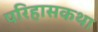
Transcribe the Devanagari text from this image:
परिहासकथा